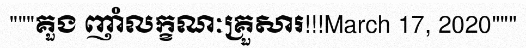
"""គួង ញាំលក្ខណៈគ្រួសារ!!!March 17, 2020"""